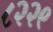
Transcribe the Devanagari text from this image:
८२२९